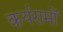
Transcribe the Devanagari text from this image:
कर्यरामों